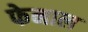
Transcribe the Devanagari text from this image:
फेनाल